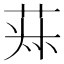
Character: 𦯂